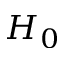
H _ { 0 }